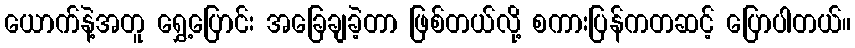
ယောက်နဲ့အတူ ရွှေ့ပြောင်း အခြေချခဲ့တာ ဖြစ်တယ်လို့ စကားပြန်ကတဆင့် ပြောပါတယ်။